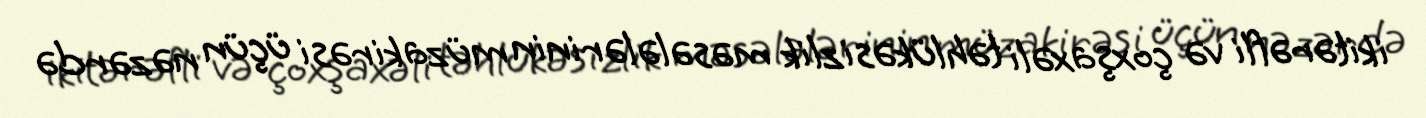
ikitərəfli və çoxşaxəli təhlükəsizlik məsələlərinin müzakirəsi üçün nəzərdə